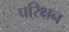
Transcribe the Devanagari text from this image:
परिक्षन